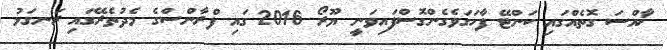
ޚާއްސަ ގޮތެއްގައި ކަންޓޭ ފާހަގަވެގެންގޮސްފައިވަނީ ޔޫރޯ 2016 ގައި ފްރާންސްގެ މެދުތެރޭގައި ރަނގަޅު